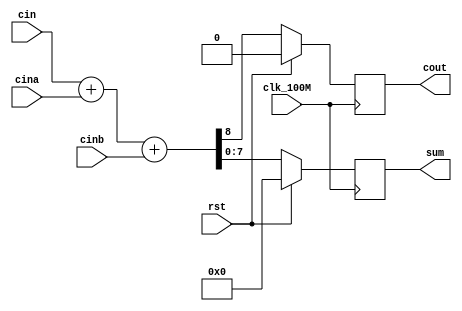
`timescale 1ns / 1ps
//////////////////////////////////////////////////////////////////////////////////
// Company: 
// Engineer: 
// Design Name: 
// Module Name: add8_normal
// Project Name: 
// Target Devices: 
// Tool Versions: 
// Description: 
// 
// Dependencies: 
// 
// Revision:
// Revision 0.01 - File Created
// Additional Comments:
// 
//////////////////////////////////////////////////////////////////////////////////

module add8_normal(
	 input                      wire                     clk_100M
	,input                      wire                     rst
	,input                      wire                     cin
	,input                      wire         [7 : 0]     cina
	,input                      wire         [7 : 0]     cinb
	,output                     wire         [7 : 0]     sum
	,output                     wire                     cout
);
	reg [7 : 0] sum1;
	reg cout1;
	
	assign sum = sum1;
	assign cout = cout1;
	
	always @ (posedge clk_100M) begin : NORMAL_ADD
		if(rst) begin
			sum1 <= 8'b0000_0000;
			cout1 <= 1'b0;
		end else 
			{cout1, sum1} <= cin + cina + cinb;
	end
	
endmodule